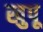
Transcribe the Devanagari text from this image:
खुपू